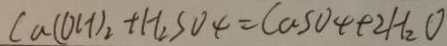
C a ( O H ) _ { 2 } + H _ { 2 } S O _ { 4 } = C a S O 4 + 2 H _ { 2 } O